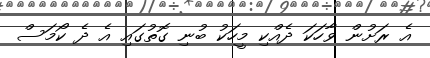
އެ ރަށުން ވާހަކަ ދެއްކި މީހަކު ބުނި ގޮތުގައި އެ ދެ ކޯމަސް